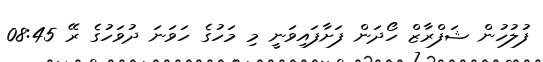
ފުލުހުން ޝަފްރާޒް ހޯދަން ފަށާފައިވަނީ މި މަހުގެ ހަވަނަ ދުވަހުގެ ރޭ 08:45